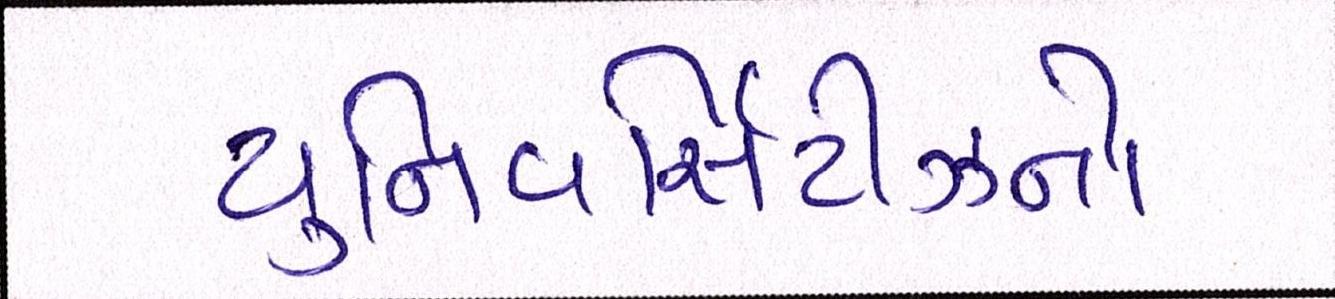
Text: યુનિવર્સિટીઝનો